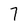
Character: 7